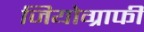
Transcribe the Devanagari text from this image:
जियोग्राफी